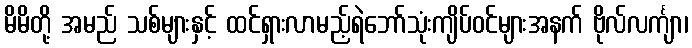
မိမိတို့ အမည် သစ်များနှင့် ထင်ရှားလာမည့်ရဲဘော်သုံးကျိပ်ဝင်များအနက် ဗိုလ်လင်္ကျာ၊